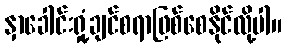
နှာခေါင်းရှုံ့ချင်စရာဖြစ်စေနိုင်လို့ပါ။